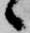
候